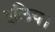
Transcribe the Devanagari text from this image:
इलिय।